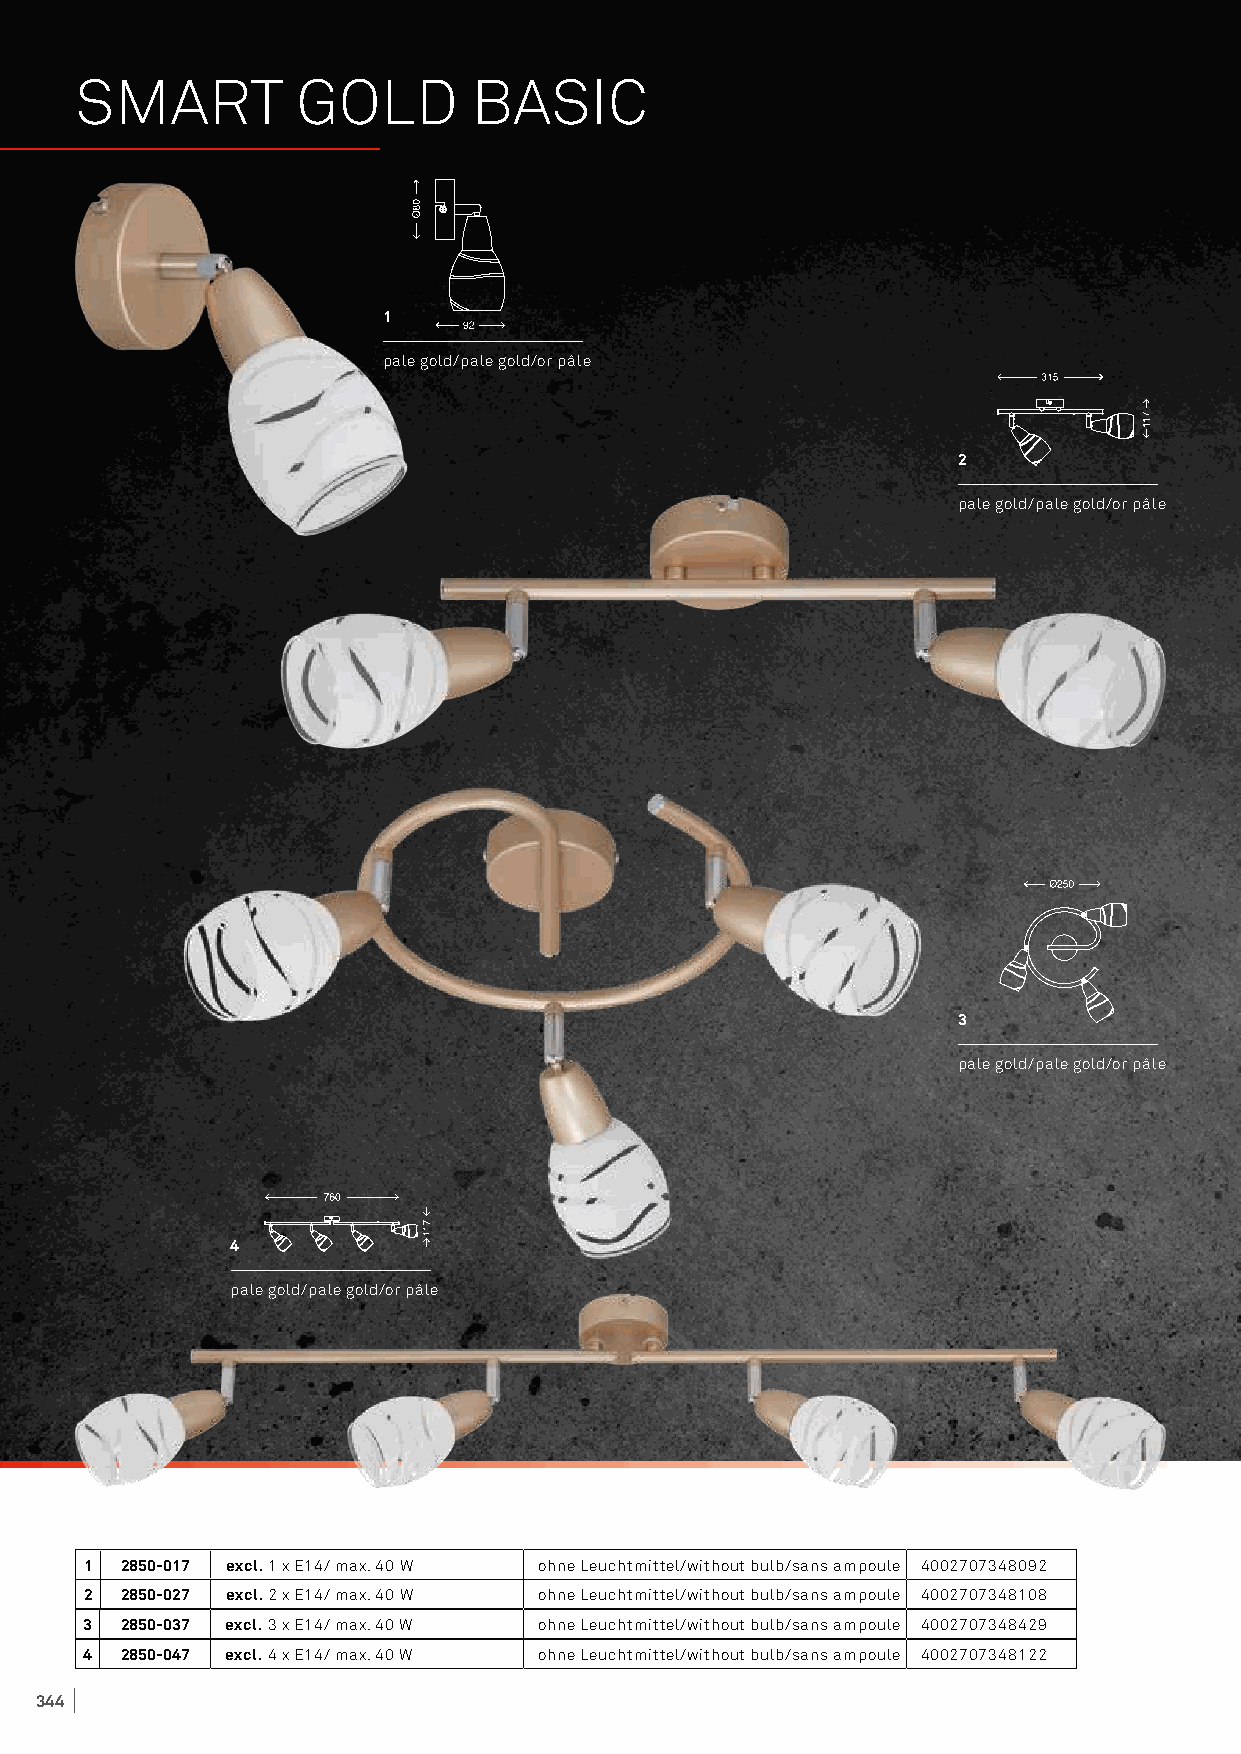
SMART          GOLD       BASIC
 1
 pale gold/pale gold/or pâle
 2
 pale gold/pale gold/or pâle
 3
 pale gold/pale gold/or pâle
 4
 pale gold/pale gold/or pâle
 1 2850-017 excl. 1 x E14/ max. 40 W ohne Leuchtmittel/without bulb/sans ampoule 4002707348092
 2 2850-027 excl. 2 x E14/ max. 40 W ohne Leuchtmittel/without bulb/sans ampoule 4002707348108
 3 2850-037 excl. 3 x E14/ max. 40 W ohne Leuchtmittel/without bulb/sans ampoule 4002707348429
 4 2850-047 excl. 4 x E14/ max. 40 W ohne Leuchtmittel/without bulb/sans ampoule 4002707348122
 344